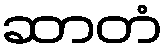
ဆာတံ